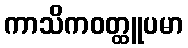
ကာသိကဝတ္ထူပမာ